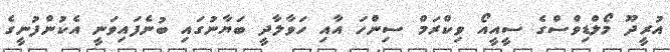
އުރީދޫ މޯލްޑިވްސްގެ ސީއީއޯ ވިކްރަމް ސިންހަ އާއި ހަވާލާދީ ބަޔާނުގައި ބުނެފައިވަނީ އެކުންފުނީގެ